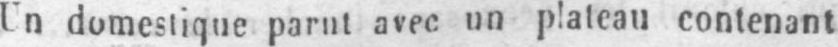
domestique parut avec un plateau contenant